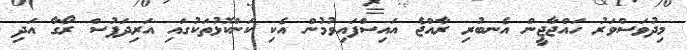
މިދުވަސްވަރު ހައްޖާޖީން އެނބުރި ރާއްޖެ އައިސްފައިވުމުން އެކި ކަންކޮޅުތަކުގައި އަރިދަފުސް ރޯގާ އަދި